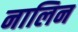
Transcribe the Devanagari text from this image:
नालिन